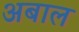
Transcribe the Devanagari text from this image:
अबाल